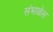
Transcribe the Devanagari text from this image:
संभाळेल